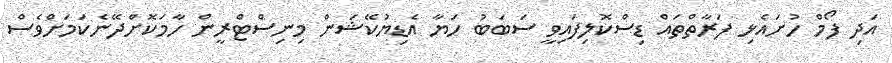
އަދި ފޯމް ހުށައެޅި ފަރާތްތައް ޑިސްކޮލިފައިވީ ސަބަބު ހަޔާ އެޑިޔުކޭޝަން މިނިސްޓްރީން ހާމަކޮށްދޭނެކަމަށްވެސް